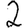
Digit: 2